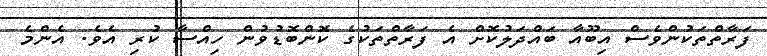
ފަރާތްތަކުންވެސް އިބޫއާ ބައްދަލުކޮށް އެ ފަރާތްތަކުގެ ކޮންބޮޑުވުން ހިއްސާ ކުރި އެވެ. އެންމެ